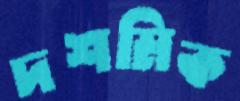
দশমিক